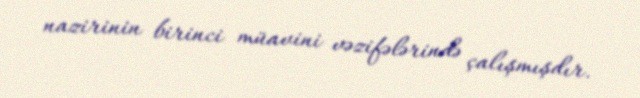
nazirinin birinci müavini vəzifələrində çalışmışdır.